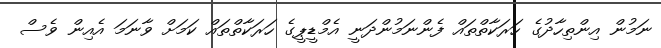
ނަމުން އިންތިހާދުގެ ހަރަކާތްތައް ފެންނަމުންދަނީ އެމްޑީޕީގެ ހަރަކާތްތައް ކަމަށް ވާނަމަ އެއިން ވެސް